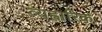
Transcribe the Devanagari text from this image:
व्यह्वारिक